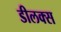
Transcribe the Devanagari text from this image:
डीलक्‍स